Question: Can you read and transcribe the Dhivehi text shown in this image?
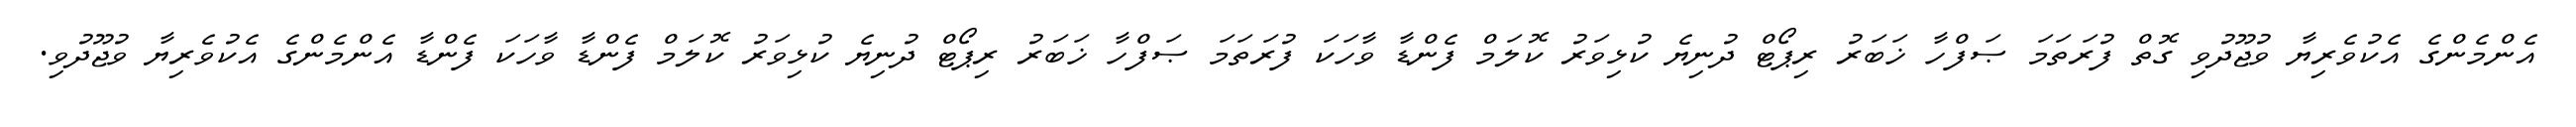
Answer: އެންމެންގެ އެކުވެރިޔާ ވުޖޫދުވި ގޮތް ފުރަތަމަ ޞަފްހާ ޚަބަރު ރިޕޯޓް ދުނިޔެ ކުޅިވަރު ކޮލަމް ފެންޑާ ވާހަކަ ފުރަތަމަ ޞަފްހާ ޚަބަރު ރިޕޯޓް ދުނިޔެ ކުޅިވަރު ކޮލަމް ފެންޑާ ވާހަކަ ފެންޑާ އެންމެންގެ އެކުވެރިޔާ ވުޖޫދުވި.